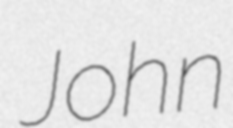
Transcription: John